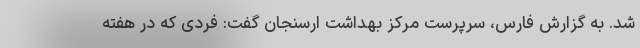
شد. به گزارش فارس، سرپرست مرکز بهداشت ارسنجان گفت: فردی که در هفته